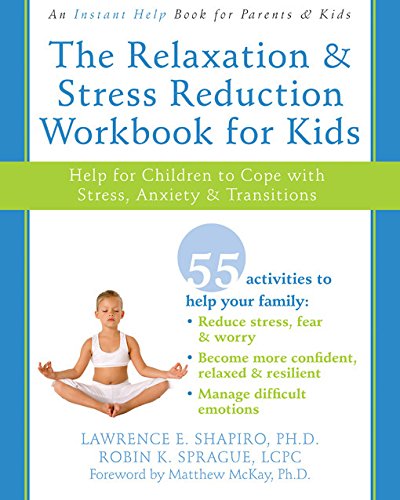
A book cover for The Relaxation and Stress Reduction Workbook for Kids: Help for Children to Cope with Stress, Anxiety, and Transitions (Instant Help); Lawrence Shapiro PhD; Parenting & Relationships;